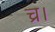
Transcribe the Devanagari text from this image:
च्र।